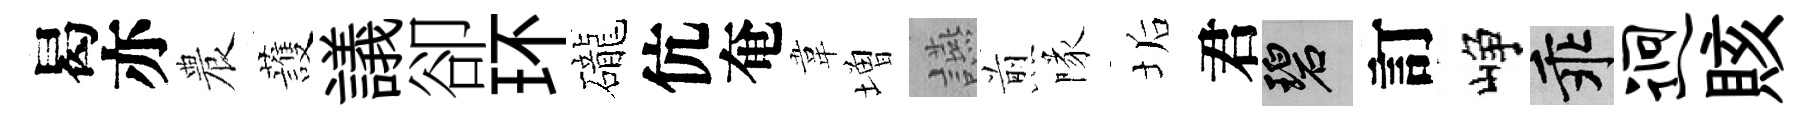
曷亦農䕶議卻环礲伉奄韋増讌煎隊垢君碧訂峥乖迥賅